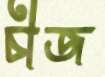
চীজ